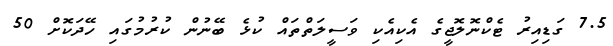
7.5 ގަޑިއިރު ޓެކްނޮލޮޖީގެ އެކިއެކި ވަސީލަތްތައް ކުޅެ ބޭނުން ކުރުމުގައި ހޭދަކޮށް 50